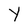
Character: Y